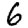
Digit: 6